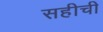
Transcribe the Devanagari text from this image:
सहीची